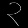
Digit: ၃